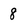
Character: 8